65_HS1-834228961_62-HQ-83894_SUB_A
Agency: FBI
Page 81
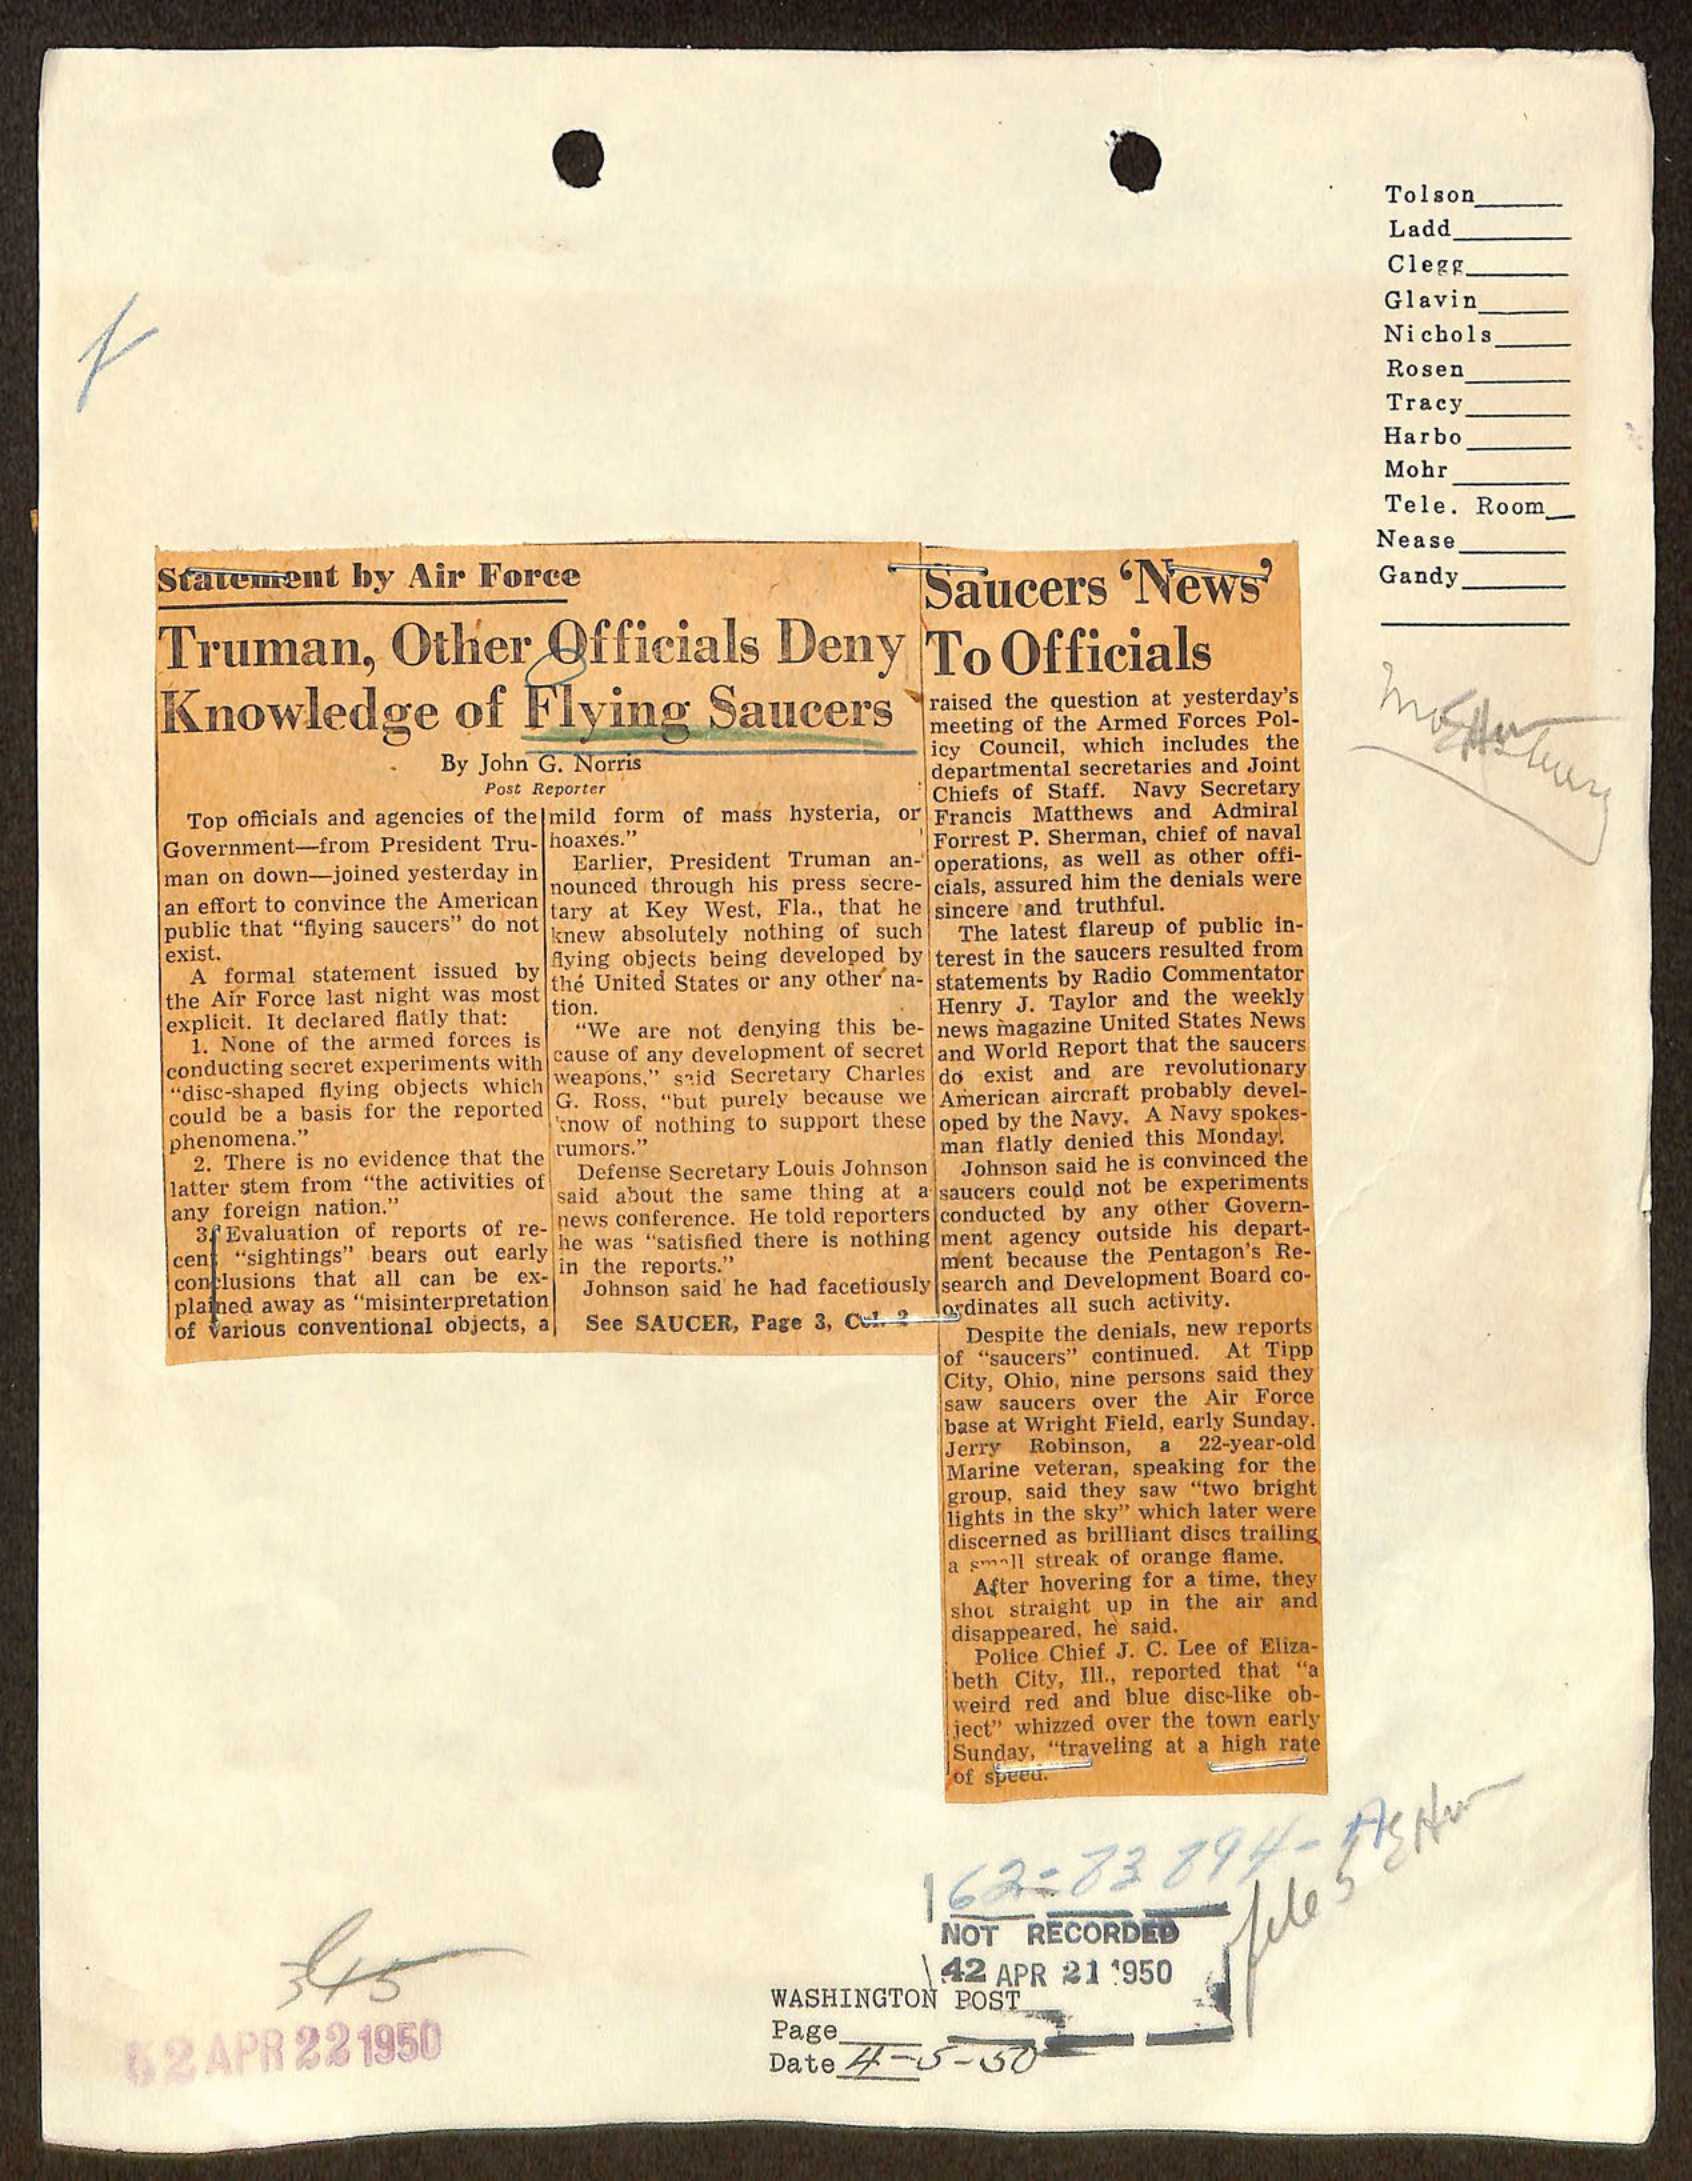